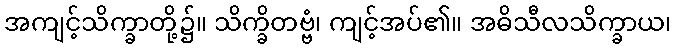
အကျင့်သိက္ခာတို့၌။ သိက္ခိတဗ္ဗံ၊ ကျင့်အပ်၏။ အဓိသီလသိက္ခာယ၊